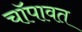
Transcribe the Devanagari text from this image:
चॉपावत